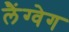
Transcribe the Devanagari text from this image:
लैंग्वेग